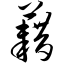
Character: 藉